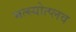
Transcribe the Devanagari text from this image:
मत्स्योत्प्लव